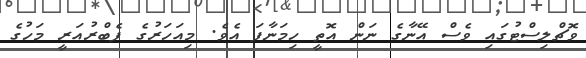
ވޮޗްލިސްޓުގައި ވެސް އޭނާގެ ނަން އޮތީ ހިމަނާފަ އެވެ. މިއަހަރުގެ ފެބްރުއަރީ މަހުގެ